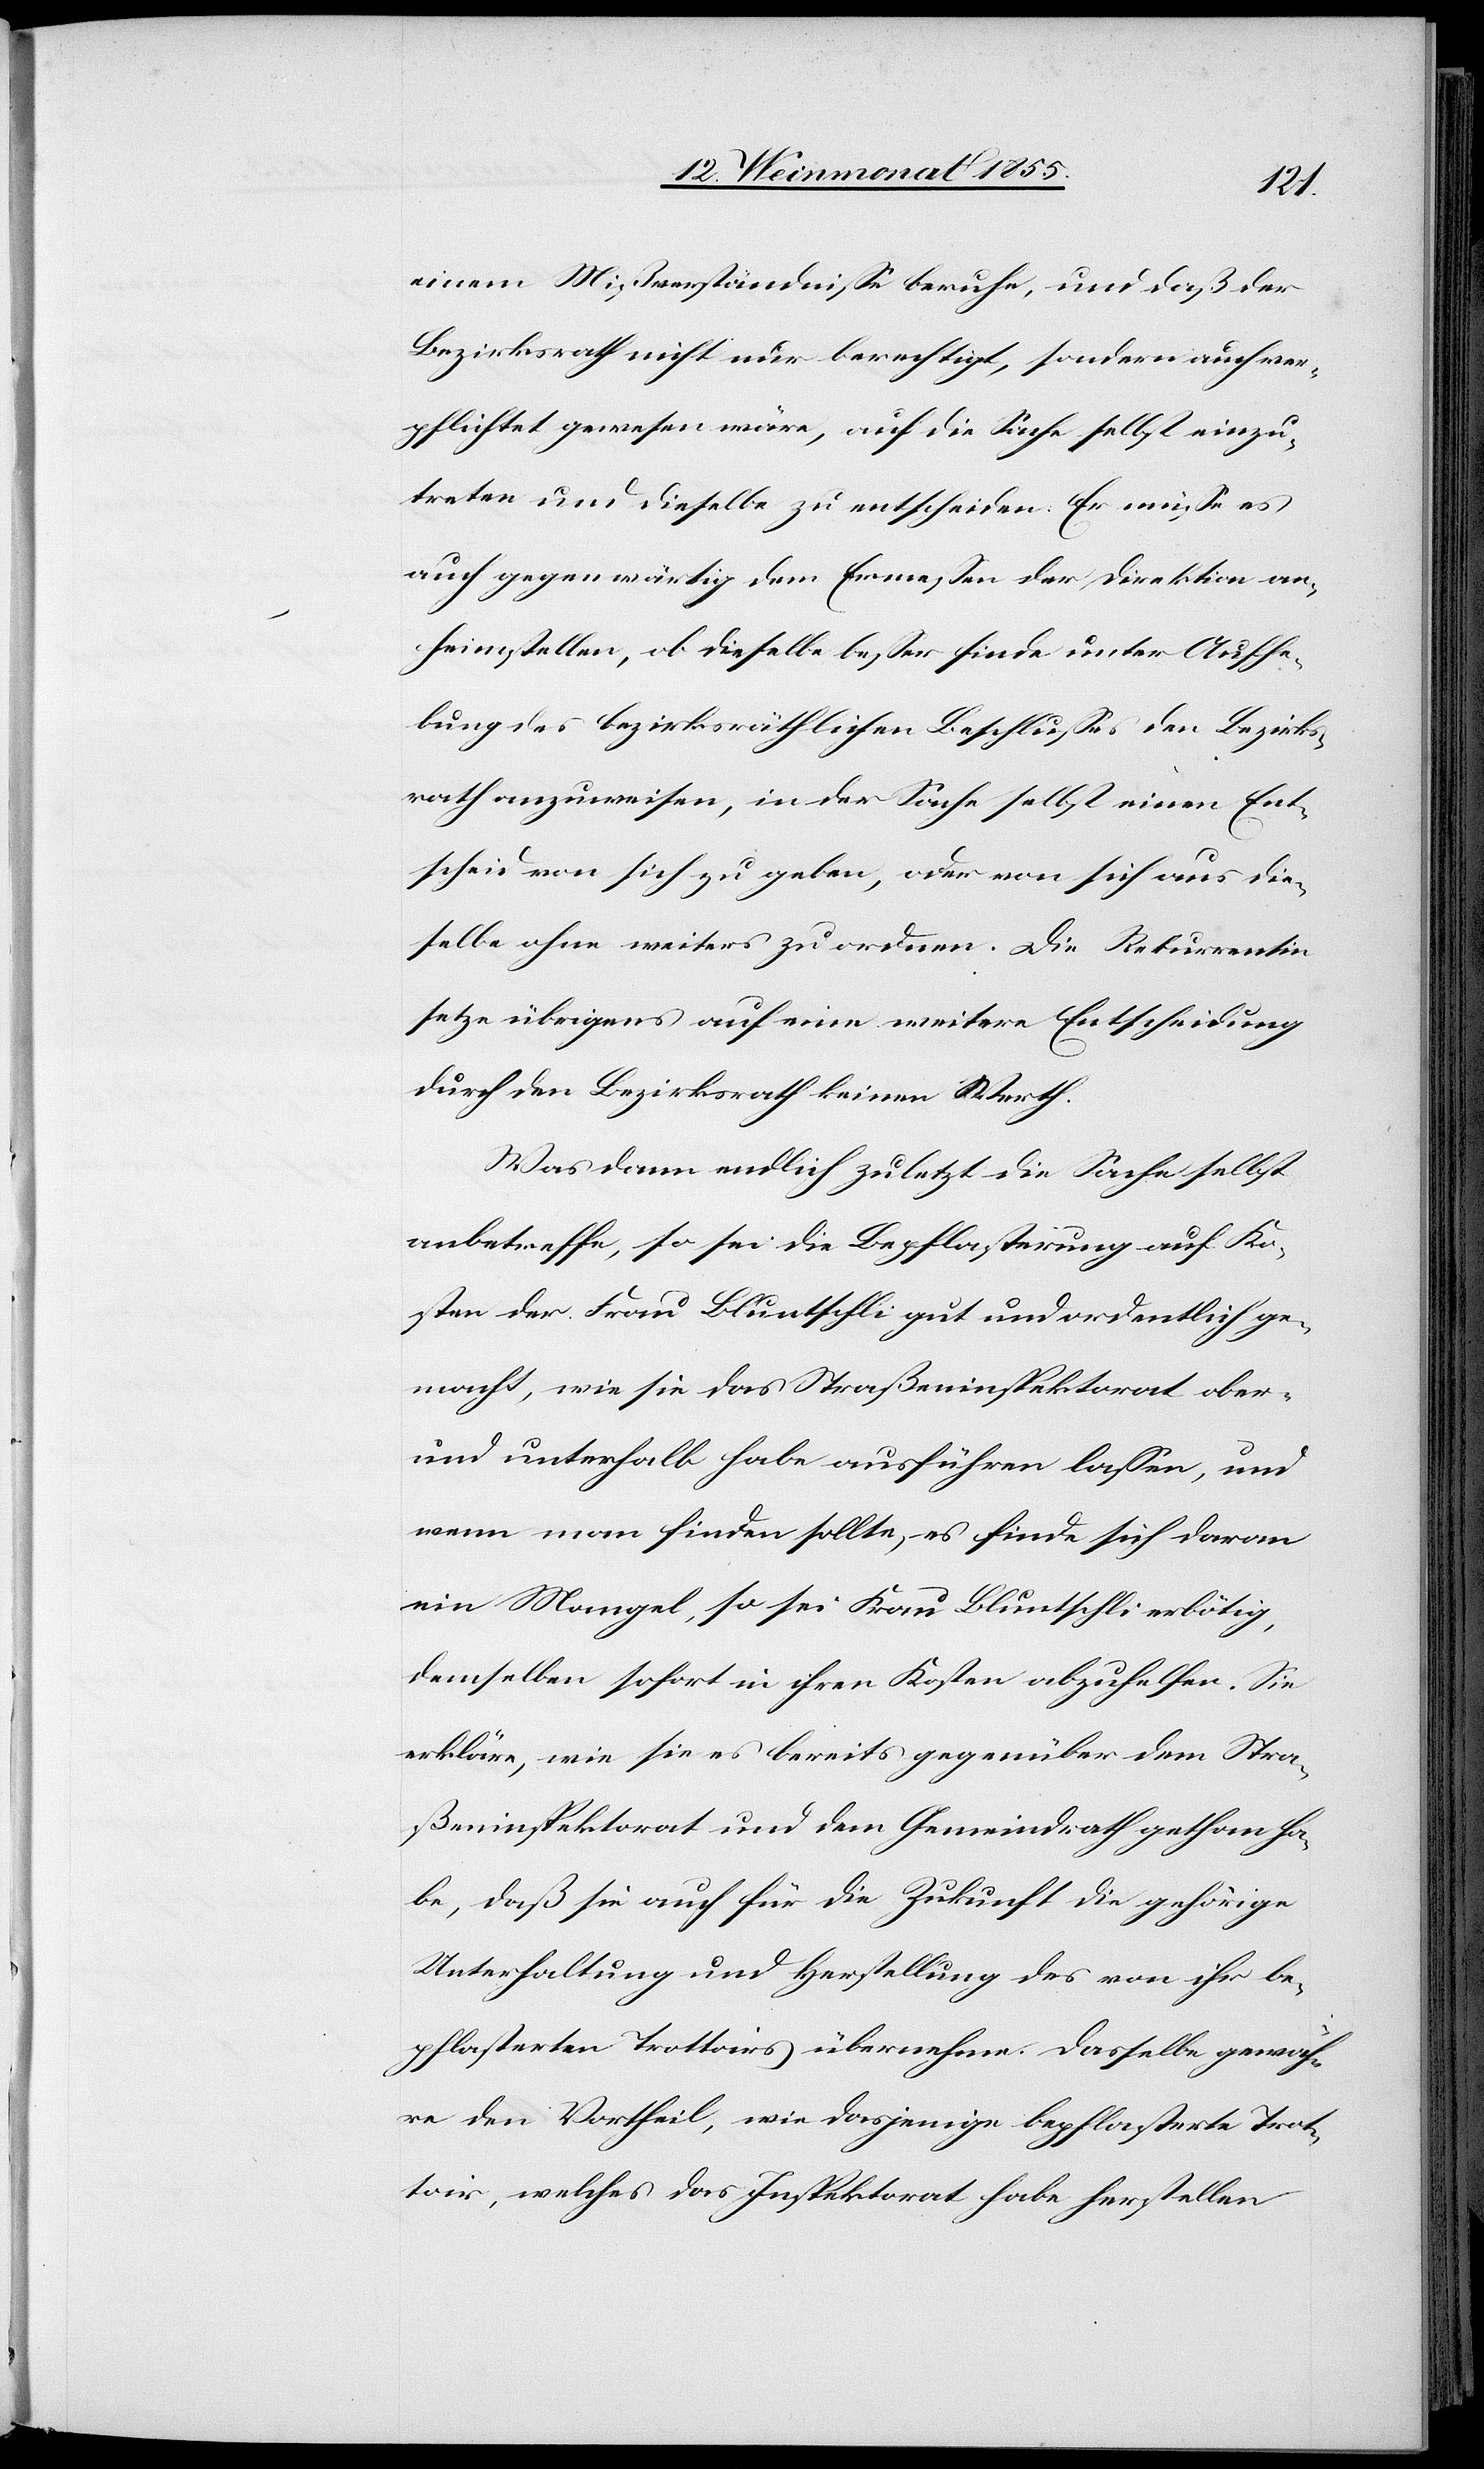
einem Mißverständnisse beruhe, und daß der
Bezirksrath nicht nur berechtigt, sondern auch ver¬
pflichtet gewesen wäre, auf die Sache selbst einzu¬
treten und dieselbe zu entscheiden. Er müsse es
auch gegenwärtig dem Ermessen der Direktion an¬
heimstellen, ob dieselbe besser finde unter Aufhe¬
bung des bezirksräthlichen Beschlusses den Bezirks¬
rath anzuweisen, in der Sache selbst einen Ent¬
scheid von sich zu geben, oder von sich aus die¬
selbe ohne weiters zu ordnen. Die Rekurrentin
setze übrigens auf eine weitere Entscheidung
durch den Bezirksrath keinen Werth.
Was dann endlich zuletzt die Sache selbst
anbetreffe, so sei die Bepflasterung auf Ko¬
sten der Frau Bluntschli gut und ordentlich ge¬
macht, wie sie das Straßeninspektorat ober-
und unterhalb habe ausführen lassen, und
wenn man finden sollte, es finde sich daran
ein Mangel, so sei Frau Bluntschli erbötig,
demselben sofort in ihren Kosten abzuhelfen. Sie
erkläre, wie sie es bereits gegenüber dem Stra¬
ßeninspektorat und dem Gemeindrath gethan ha¬
be, daß sie auch für die Zukunft die gehörige
Unterhaltung und Herstellung des von ihr be¬
pflasterten Trottoirs übernehme. Dasselbe gewäh¬
re den Vortheil, wie dasjenige bepflasterte Trot¬
toir, welches das Inspektorat habe herstellen